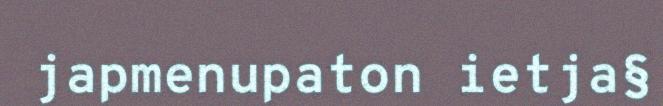
japmenupaton ietja§